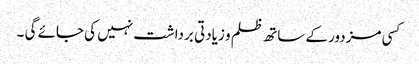
کسی مزدور کے ساتھ ظلم و زیادتی برداشت نہیں کی جائے گی ۔